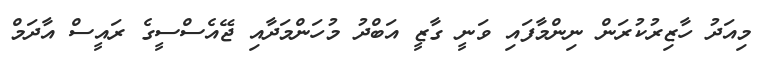
މިއަދު ހާޒިރުކުރަން ނިންމާފައި ވަނީ ގާޒީ އަބްދު މުހަންމަދާއި ޖޭއެސްސީގެ ރައީސް އާދަމް